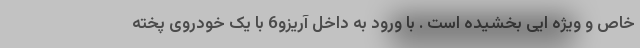
خاص و ویژه ایی بخشیده است . با ورود به داخل آریزو6 با یک خودروی پخته